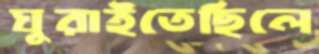
ঘুরাইতেছিলে